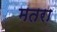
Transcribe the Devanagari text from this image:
मतरा